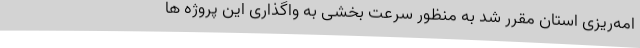
امه‌ریزی استان مقرر شد به منظور سرعت بخشی به واگذاری این پروژه ها